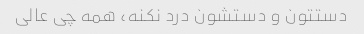
دستتون و دستشون درد نکنه، همه چی عالی